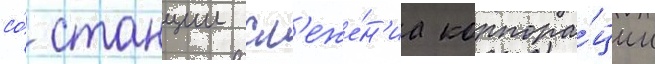
со́ станции сл'еже́н'иа корпора́ции